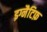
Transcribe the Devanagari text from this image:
इग्नैटिफ़